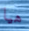
هيا